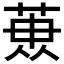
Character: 𮏳